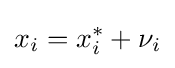
x_{i}=x_{i}^{*}+\nu _{i}